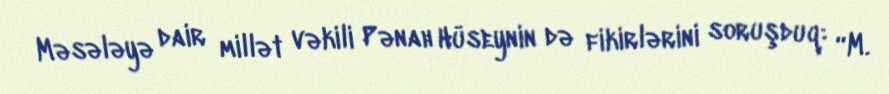
Məsələyə dair millət vəkili Pənah Hüseynin də fikirlərini soruşduq: “M.